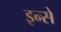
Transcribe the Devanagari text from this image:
इन्से